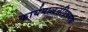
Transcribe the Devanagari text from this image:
कार्यपालनविषयक